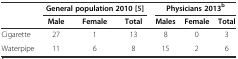
<table><thead><tr><td></td><td colspan="3"><b>General population 2010[5]</b></td><td colspan="3"><b>Physicians 2013<sup>b</sup></b></td></tr><tr><td></td><td><b>Male</b></td><td><b>Female</b></td><td><b>Total</b></td><td><b>Males</b></td><td><b>Female</b></td><td><b>Total</b></td></tr></thead><tbody><tr><td>Cigarette</td><td>27</td><td>1</td><td>13</td><td>8</td><td>0</td><td>3</td></tr><tr><td>Waterpipe</td><td>11</td><td>6</td><td>8</td><td>15</td><td>2</td><td>6</td></tr></tbody></table>